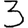
Digit: 3